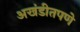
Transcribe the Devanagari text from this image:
अखंडीतपणे